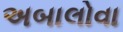
અબાલોવા